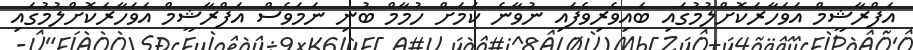
އަފްރާޝީމް އަވަހާރަކޮށްލުމުގައި ބައިވެރިވެފައި ނުވާނެ ކަމަށް ހުމާމް ބުނި ނަމަވެސް އަފްރާޝީމް އަވަހާރަކޮށްލުމުގައި